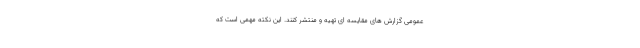
عمومی گزارش های مقایسه ای تهیه و منتشر کنند. این نکته مهمی است که